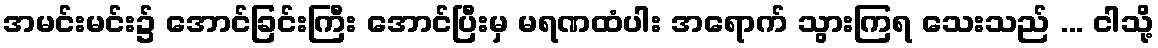
အမင်းမင်း၌ အောင်ခြင်းကြီး အောင်ပြီးမှ မရဏထံပါး အရောက် သွားကြရ သေးသည် ... ငါသို့